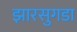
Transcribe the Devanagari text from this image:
झारसुगडा